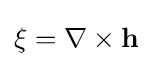
\mathbf {\xi } =\nabla \times \mathbf {h} \,\!